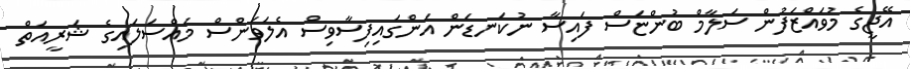
އޭޖީގެ މުވައްޒަފުން ސަލާމް ބުންޏަސް ފައިސާ ނުކަނޑަން އަންގައިފިސާވިސް އެލަވަންސް މައްސަލައިގެ ޝަރީއަތް